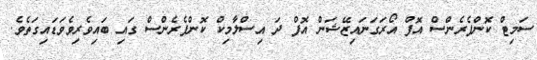
ސަމިޓް ކޮންފެރެންސް އޮފް އޯރަގަނައިޒޭޝަން އޮފް ދަ އިސްލާމިކް ކޮންފެރެންސް ގައި ބައިވެރިވެވަޑައިގަތެވެ.